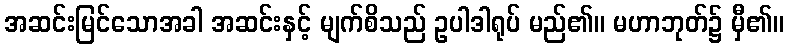
အဆင်းမြင်သောအခါ အဆင်းနှင့် မျက်စိသည် ဥပါဒါရုပ် မည်၏။ မဟာဘုတ်၌ မှီ၏။